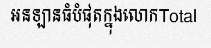
អនឡានធំបំផុតក្នុងលោកTotal